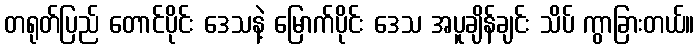
တရုတ်ပြည် တောင်ပိုင်း ဒေသနဲ့ မြောက်ပိုင်း ဒေသ အပူချိန်ချင်း သိပ် ကွာခြားတယ်။